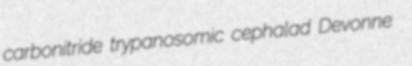
carbonitride trypanosomic cephalad Devonne